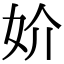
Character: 妎